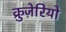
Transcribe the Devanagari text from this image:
क्रुज़ेरियो